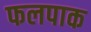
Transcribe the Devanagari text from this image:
फलपाक